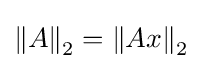
{\|A\|}_{2}={\|Ax\|}_{2}